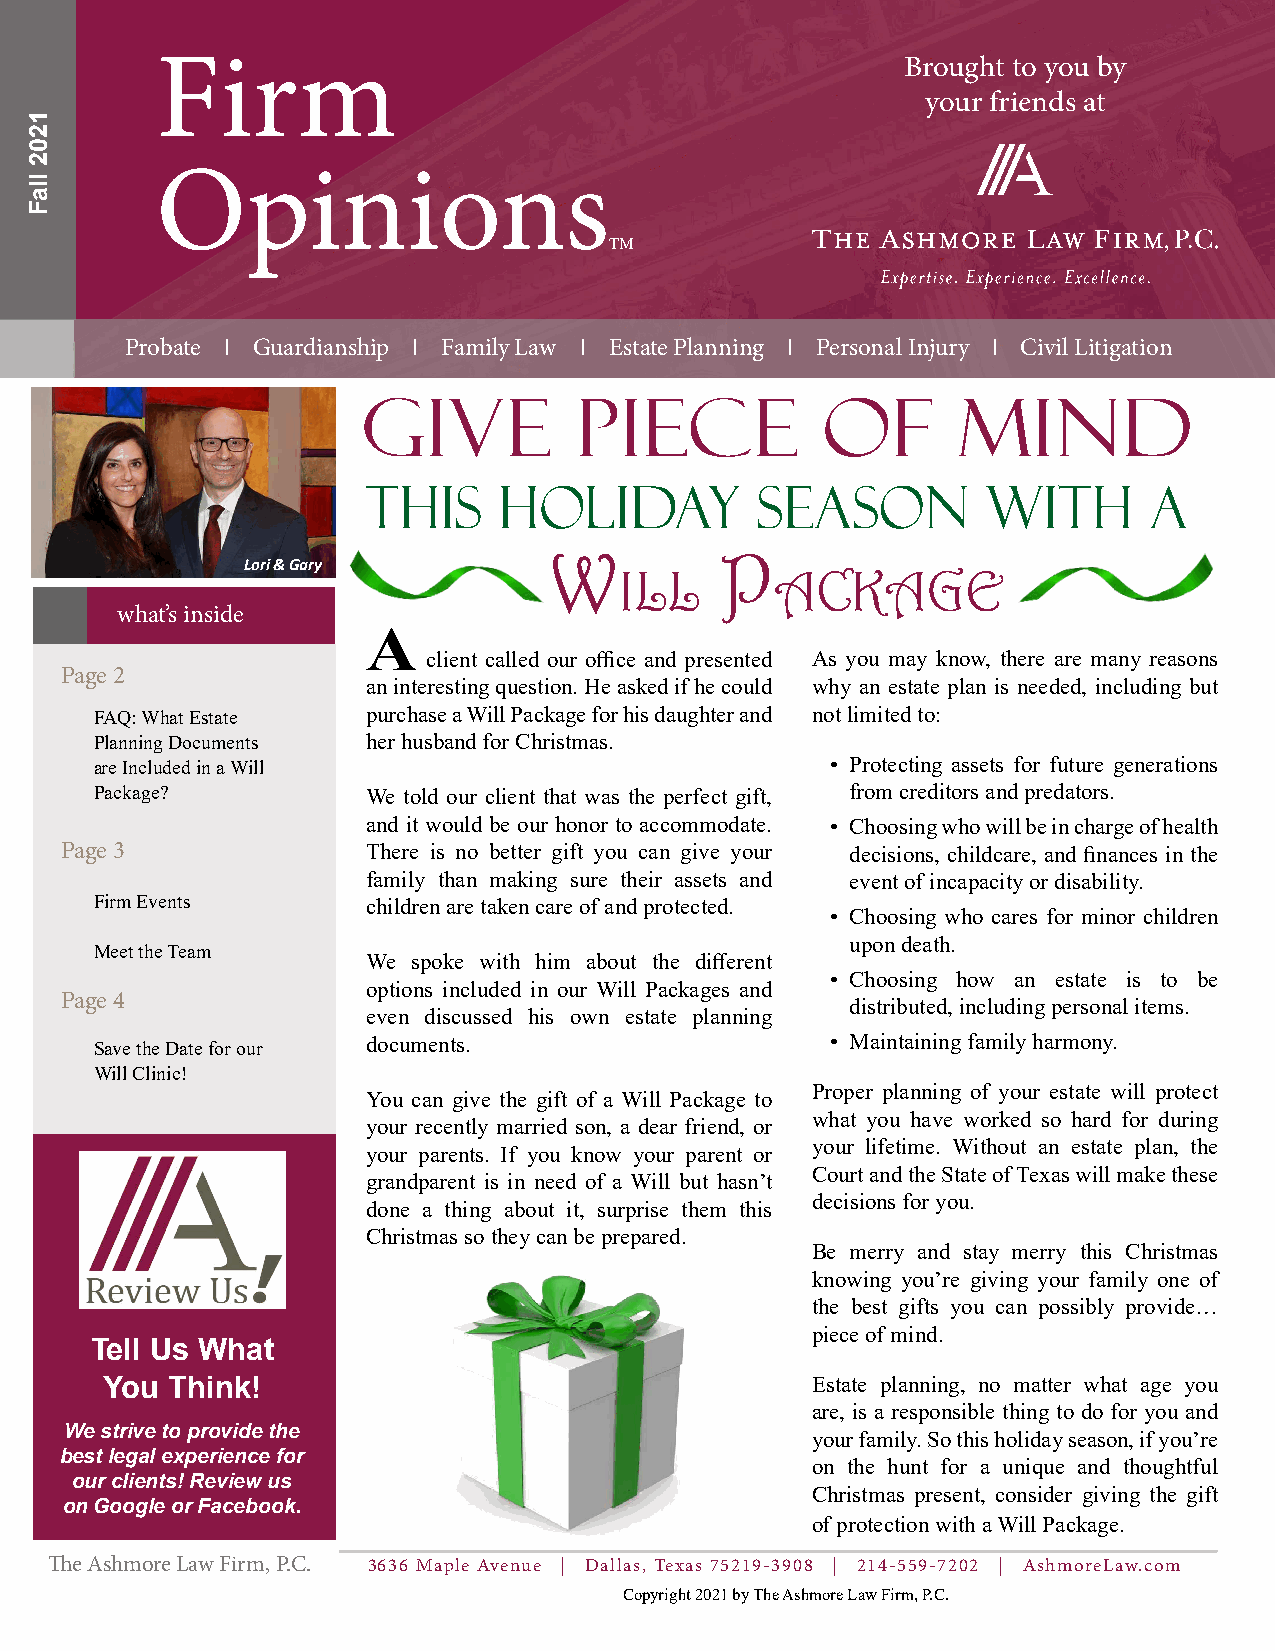
Firm                                              Brought to you by
 your friends at
 Opinions
 TM
 Probate I Guardianship I Family Law I Estate Planning I Personal Injury I Civil Litigation
 Give          Piece           of       Mind
 This     Holiday          Season         with       a
 W           P
 Lori & Gary
 ill       ackage
 what’s inside
 A
 client called our office and presented As you may know, there are many reasons
 Page 2
 an interesting question. He asked if he could why an estate plan is needed, including but
 FAQ: What Estate  purchase a Will Package for his daughter and not limited to:
 Planning Documents her husband for Christmas.
 are Included in a Will                           • Protecting assets for future generations
 Package?          We told our client that was the perfect gift, from creditors and predators.
 and it would be our honor to accommodate. • Choosing who will be in charge of health
 Page 3              There is no better gift you can give your decisions, childcare, and finances in the
 family than making sure their assets and event of incapacity or disability.
 Firm Events       children are taken care of and protected.
 • Choosing who cares for minor children
 upon death.
 Meet the Team
 We spoke with him about the different
 • Choosing how an estate is to be
 options included in our Will Packages and
 Page 4                                              distributed, including personal items.
 even discussed his own estate planning
 Save the Date for our documents.                 • Maintaining family harmony.
 Will Clinic!
 Proper planning of your estate will protect
 You can give the gift of a Will Package to
 what you have worked so hard for during
 your recently married son, a dear friend, or
 your lifetime. Without an estate plan, the
 your parents. If you know your parent or
 Court and the State of Texas will make these
 grandparent is in need of a Will but hasn’t
 decisions for you.
 done a thing about it, surprise them this
 Christmas so they can be prepared.
 Be merry and stay merry this Christmas
 knowing you’re giving your family one of
 the best gifts you can possibly provide…
 piece of mind.
 Tell Us What
 You Think!                                     Estate planning, no matter what age you
 are, is a responsible thing to do for you and
 We strive to provide the
 your family. So this holiday season, if you’re
 best legal experience for
 on the hunt for a unique and thoughtful
 our clients! Review us
 Christmas present, consider giving the gift
 on Google or Facebook.
 of protection with a Will Package.
 The Ashmore Law Firm, P.C. 3636 Maple Avenue | Dallas, Texas 75219-3908 | 214-559-7202 | AshmoreLaw.com
 Copyright 2021 by The Ashmore Law Firm, P.C.
 1202
 llaF